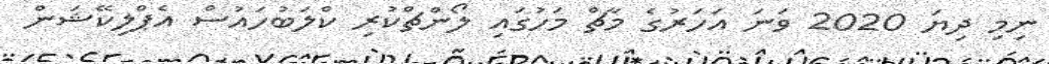
ނިމި ދިޔަ 2020 ވަނަ އަހަރުގެ މާޗް މަހުގައި ލޯންޗްކުރި ކްލަބުހައުސް އެޕްލިކޭޝަން